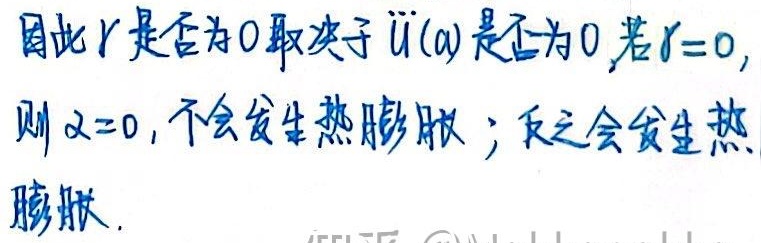
因此 \(r\) 是否为 \(0\) 取决于 \(\ddot{U}(a)\) 是否为 \(0\)。若 \(r = 0\)，则 \(\alpha=0\)，不会发生热膨胀；反之会发生热膨胀。